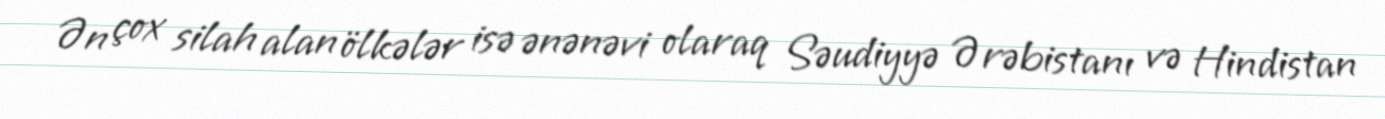
Ən çox silah alan ölkələr isə ənənəvi olaraq Səudiyyə Ərəbistanı və Hindistan